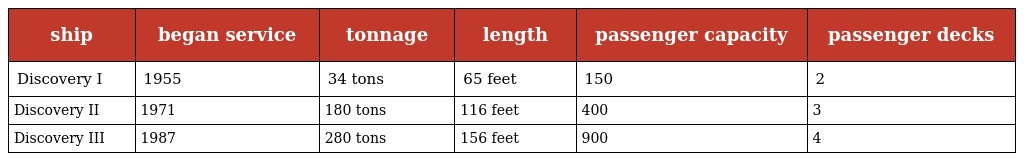
| ship | began service | tonnage | length | passenger capacity | passenger decks |
 | --- | --- | --- | --- | --- | --- |
 | Discovery I | 1955 | 34 tons | 65 feet | 150 | 2 |
 | Discovery II | 1971 | 180 tons | 116 feet | 400 | 3 |
 | Discovery III | 1987 | 280 tons | 156 feet | 900 | 4 |